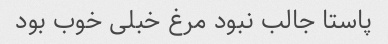
پاستا جالب نبود مرغ خبلی خوب بود